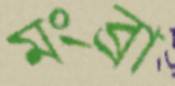
মংব্রা